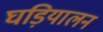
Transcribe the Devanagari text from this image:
घड़ियालन